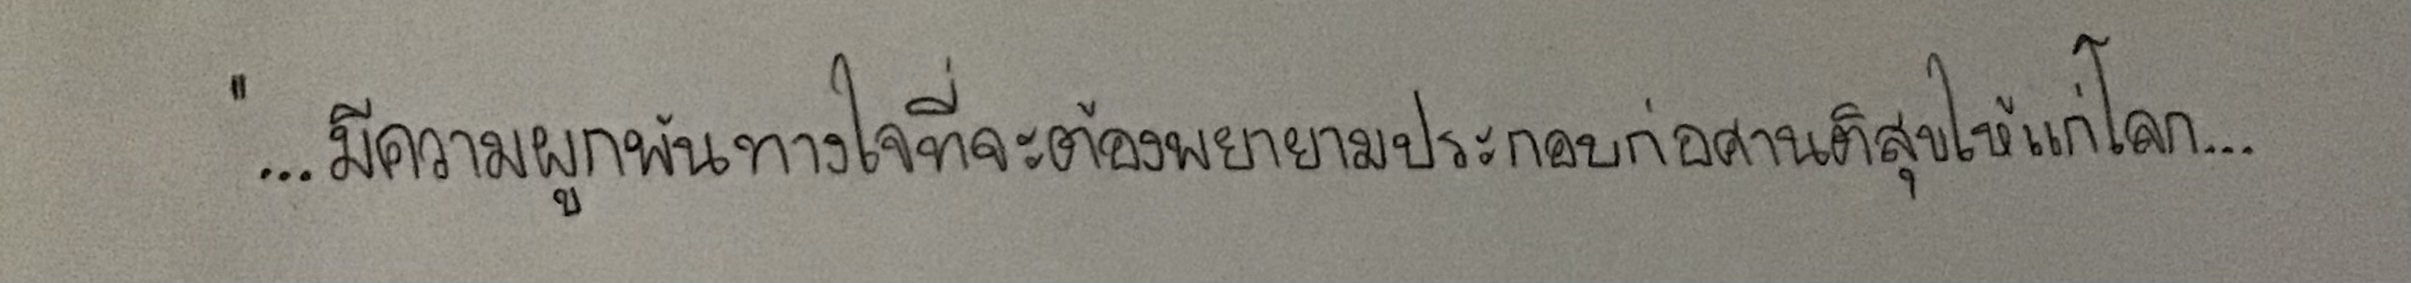
"...มีความผูกพันทางใจที่จะต้องพยายามประกอบก่อศานติสุขให้แก่โลก...